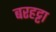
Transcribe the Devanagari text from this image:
बरहट्टा